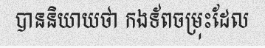
បាននិយាយថា កងទ័ពចម្រុះដែល